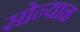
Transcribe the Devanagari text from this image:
सोन्याळ